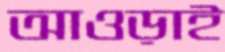
আওড়াই